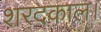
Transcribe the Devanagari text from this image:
शरदकाल।